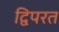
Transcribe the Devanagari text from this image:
द्विपरत